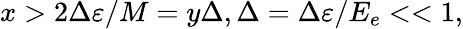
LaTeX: x>2\Delta\varepsilon/M=y\Delta,\Delta=\Delta\varepsilon/E_{e}<<1,